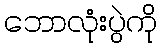
ဘောလုံးပွဲကို